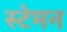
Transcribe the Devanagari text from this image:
स्टेमन